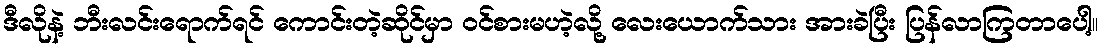
ဒီလိုနဲ့ ဘီးလင်းရောက်ရင် ကောင်းတဲ့ဆိုင်မှာ ဝင်စားမဟဲ့လို့ လေးယောက်သား အားခဲပြီး ပြန်လာကြတာပေါ့။